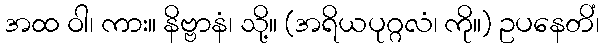
အထ ဝါ၊ ကား။ နိဗ္ဗာနံ၊ သို့။ (အရိယပုဂ္ဂလံ၊ ကို။) ဥပနေတိံ၊